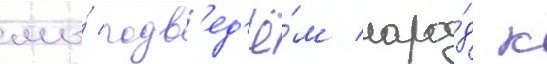
мы́ подв'ед'ё́м наро́д к